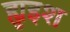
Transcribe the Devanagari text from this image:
ह्युइश